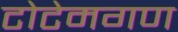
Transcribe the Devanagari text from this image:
टोटेमगण